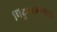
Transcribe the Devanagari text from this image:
पिदुरुतलगला